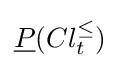
{\underline {P}}(Cl_{t}^{\leq })